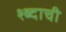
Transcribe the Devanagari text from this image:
श्ब्दाची